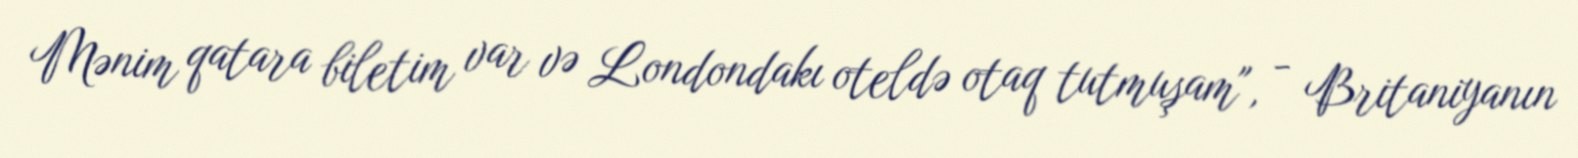
Mənim qatara biletim var və Londondakı oteldə otaq tutmuşam", - Britaniyanın